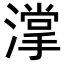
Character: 𣾦